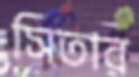
সিতার